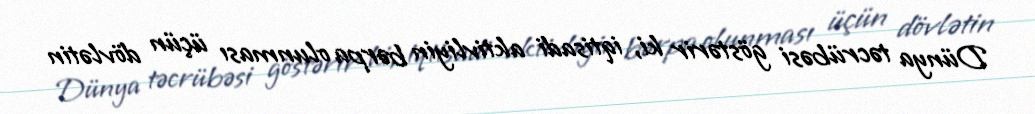
Dünya təcrübəsi göstərir ki, iqtisadi aktivliyin bərpa olunması üçün dövlətin